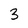
Character: 3